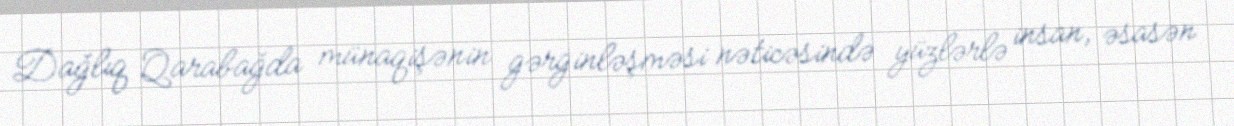
Dağlıq Qarabağda münaqişənin gərginləşməsi nəticəsində yüzlərlə insan, əsasən